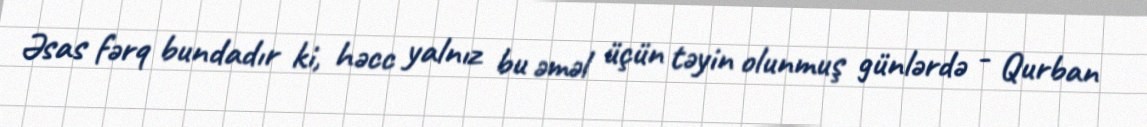
Əsas fərq bundadır ki, həcc yalnız bu əməl üçün təyin olunmuş günlərdə - Qurban